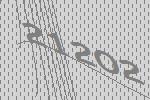
21202